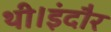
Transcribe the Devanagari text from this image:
थी।इंदौर